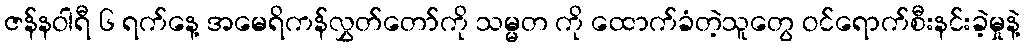
ဇန်နဝါရီ ၆ ရက်နေ့ အမေရိကန်လွှတ်တော်ကို သမ္မတ ကို ထောက်ခံတဲ့သူတွေ ဝင်ရောက်စီးနင်းခဲ့မှုနဲ့